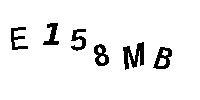
E158MB